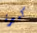
كبيرة